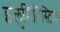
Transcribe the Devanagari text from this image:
इलुमिनिस्टिक